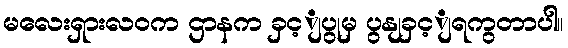
မလေးရှားလဝက ဌာနက ခှင့ျပွုမှ ပွနျခှင့ျရကွတာပါ။